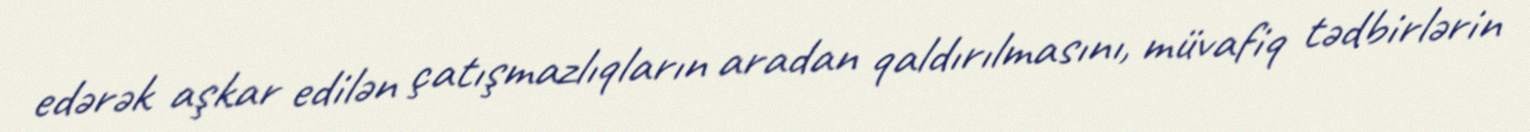
edərək aşkar edilən çatışmazlıqların aradan qaldırılmasını, müvafiq tədbirlərin